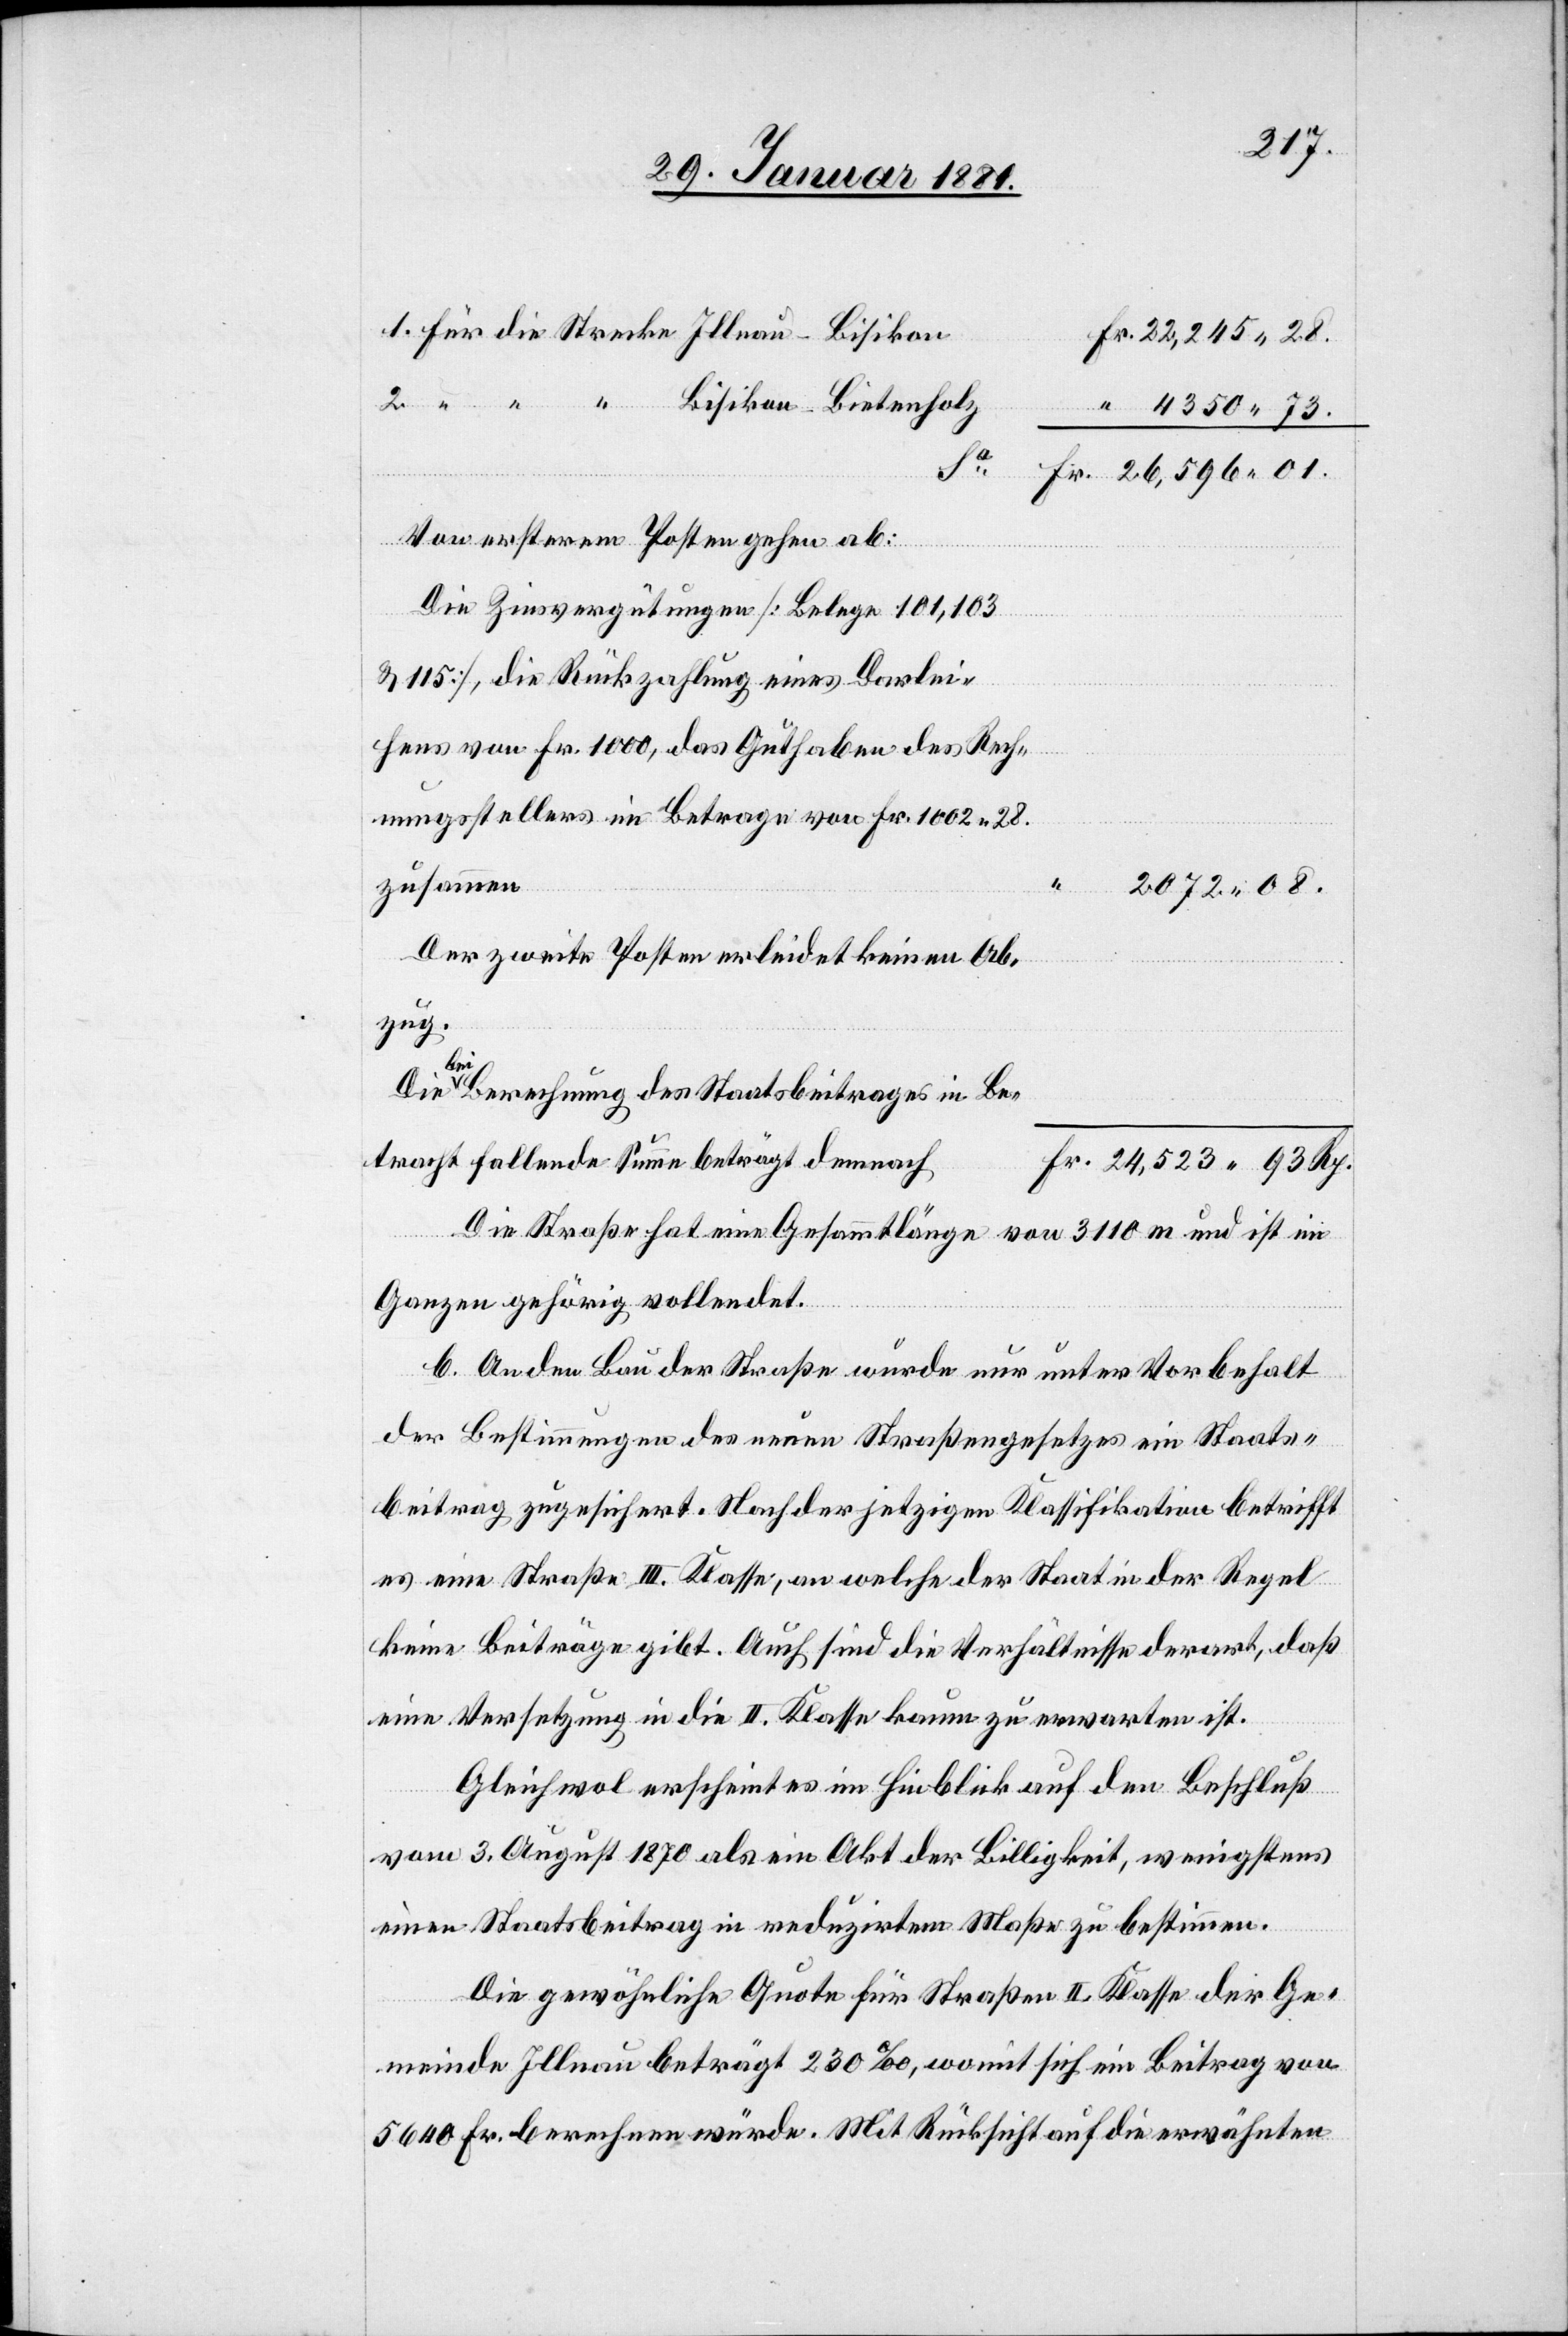
Fr.
4350 73.
01.
Von ersterem Posten gehen ab:
Die Zinsvergütungen [Belege 101, 103
& 115], die Rückzahlung eines Darlei¬
hens von Fr. 1000, das Guthaben des Rech¬
nungsstellers im Betrage von Fr. 1002 28.
28.
zusammen
2072 08.
Der zweite Posten erleidet keinen Ab¬
zug.
bei Berechnung des Staatsbeitrages in Be¬
tracht fallende Summe beträgt demnach
Rp.
Die Straße hat eine Gesammtlänge von 3110 m und ist im
Ganzen gehörig vollendet.
b. An den Bau der Straße wurde nur unter Vorbehalt
der Bestimmungen des neuen Straßengesetzes ein Staats¬
beitrag zugesichert. Nach der jetzigen Klassifikation betrifft
es eine Straße III. Klasse, an welche der Staat in der Regel
keine Beiträge gibt. Auch sind die Verhältnisse derart, daß
eine Versetzung in die II. Klasse kaum zu erwarten ist.
Gleichwol erscheint es im Hinblick auf den Beschluß
vom 3. August 1870 als ein Akt der Billigkeit, wenigstens
einen Staatsbeitrag in reduzirtem Maße zu bestimmen.
Die gewöhnliche Quote für Straßen II. Klasse der Ge¬
meinde Illnau beträgt 230‰, womit sich ein Beitrag von
5640 Fr. berechnen würde. Mit Rücksicht auf die erwähnten